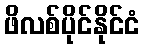
ဖိလစ်ပိုင်နိုင်ငံ